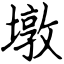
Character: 墩